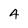
Character: 4